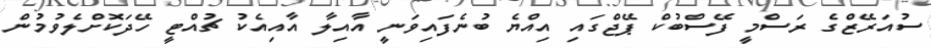
ސުއަރޭޒްގެ ރަސްމީ ފޭސްބުކް ޕޭޖްގައި އިއްޔެ ބުނެފައިވަނީ އާއިލާ އާއިއެކު ޗުއްޓީ ހޭދަކޮށްލެވުމުން